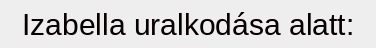
Izabella uralkodása alatt: